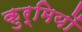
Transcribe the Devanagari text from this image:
कुर्मियों